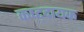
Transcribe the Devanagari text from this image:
कष्ट्दायक